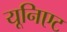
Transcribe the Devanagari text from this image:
यूनिएट